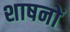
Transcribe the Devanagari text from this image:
शाषनों